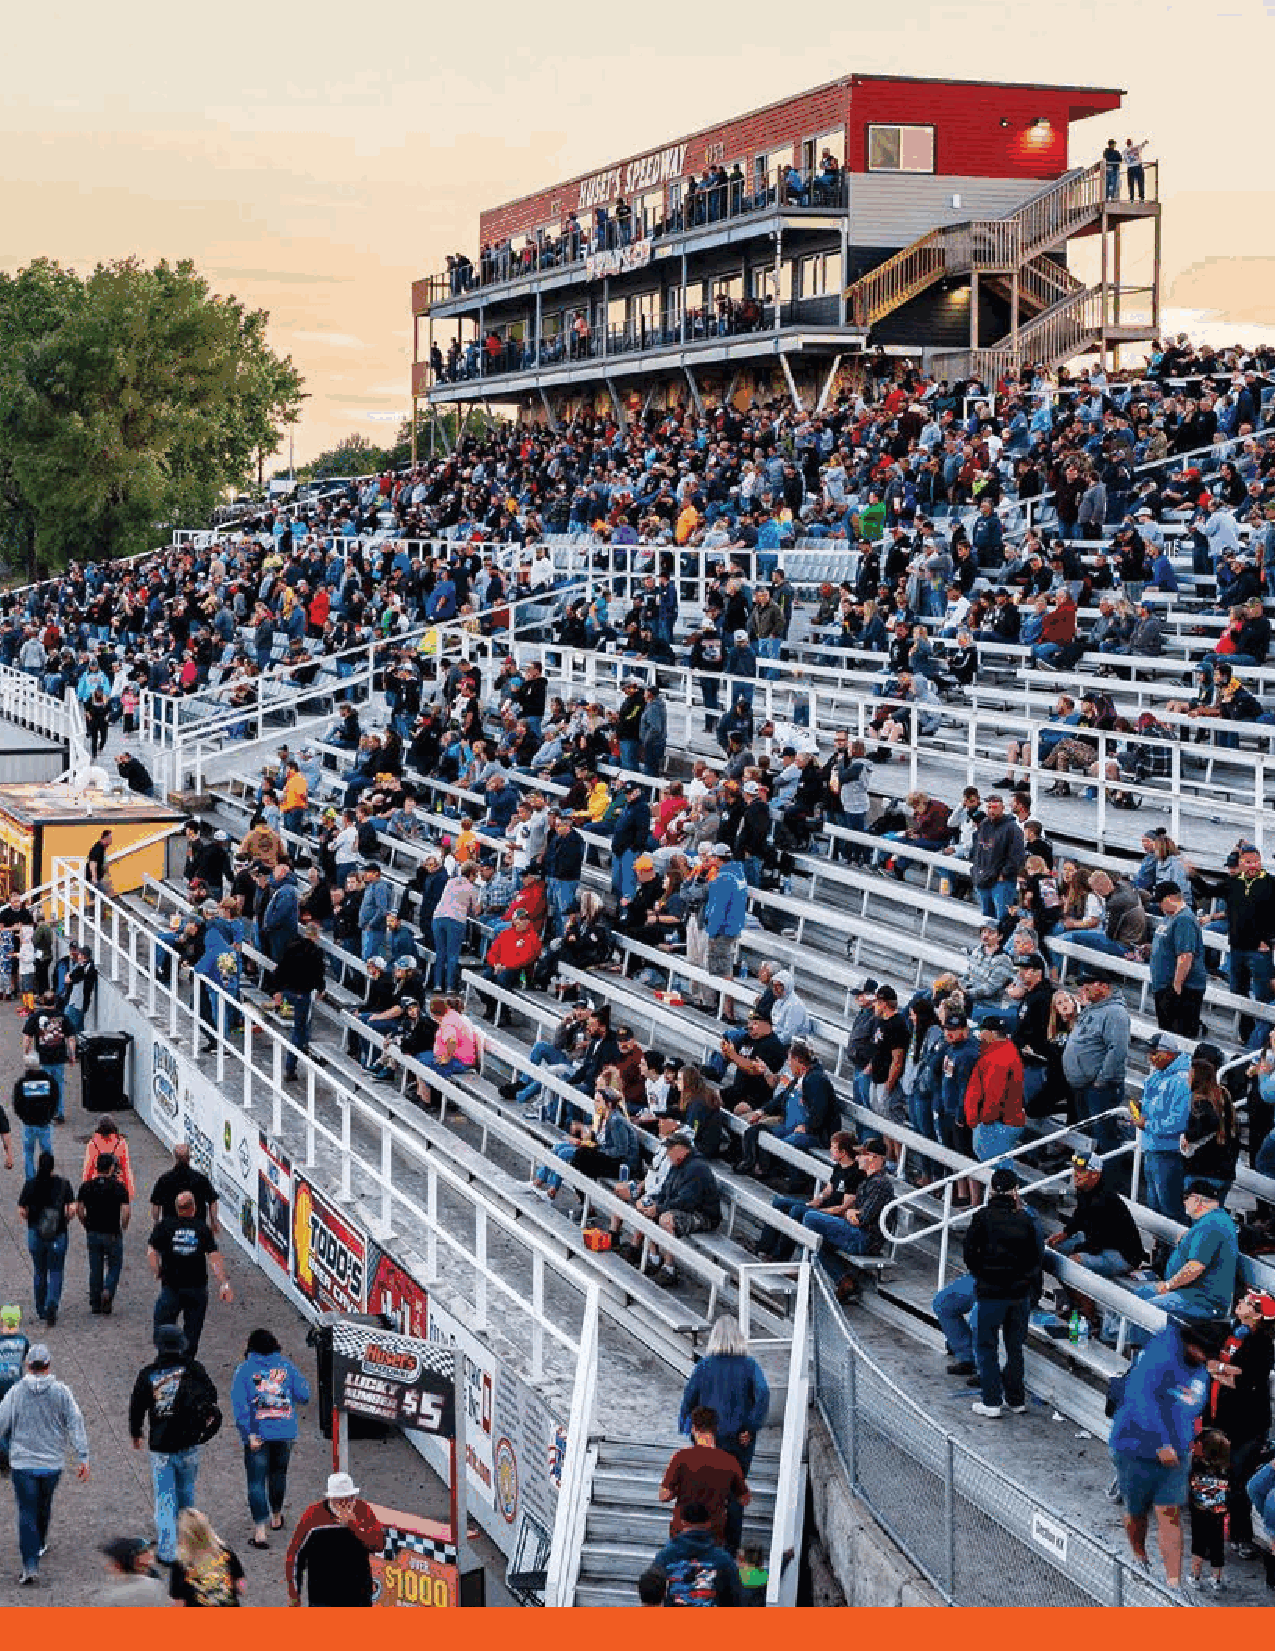
Digital
 Advertising
 Digital advertising at Huset’s gives you the ability to update your ad or company
 information on a weekly/monthly basis. Perhaps you are looking to run a “Help
 Wanted” ad or a sales offer on the large screens located on the
 backstretch where it can’t be missed! Create something eye catching to be
 displayed on our large video displays and suite TVs. Thank your employees and
 welcome your guests on the TVs located in all suites. The options are endless.